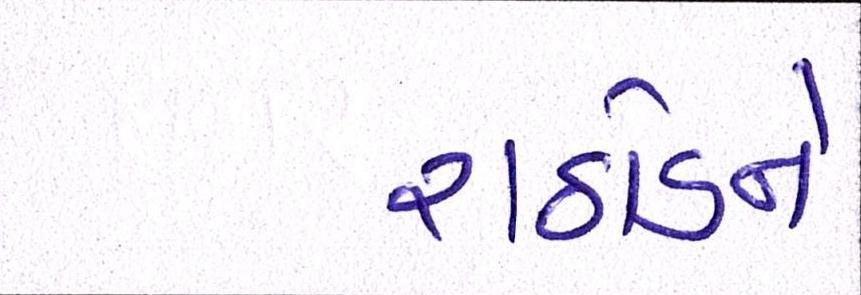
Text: રાઠોડને